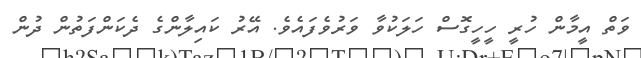
ވަތް އީމާން ހުރީ ހީހީގޮސް ހަލަކުވާ ވަރުވެފައެވެ. އޭރު ކައިލާންގެ ދެކަންފަތުން ދުން